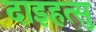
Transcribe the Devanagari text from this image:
दाइहत्सु